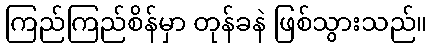
ကြည်ကြည်စိန်မှာ တုန်ခနဲ ဖြစ်သွားသည်။